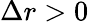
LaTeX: \Delta r>0